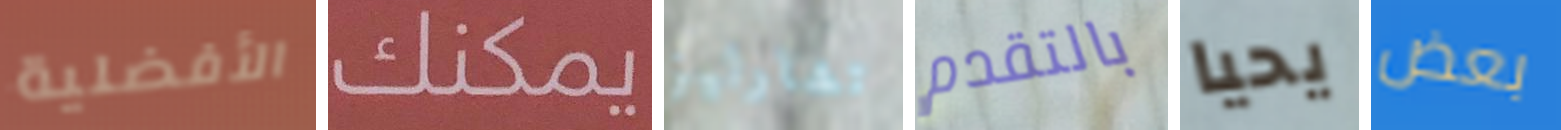
الأفضلية يمكنك تشارليز بالتقدم يحيا بعض